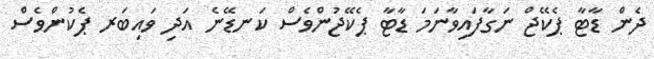
ދެން ޑާޓާ ޕެކޭޖް ނަގާފައިވާނަމަ ޑާޓާ ޕެކޭޖުންވެސް ކަނޑޭނެ އަދި ވައިބަރ ޕެކުންވެސް